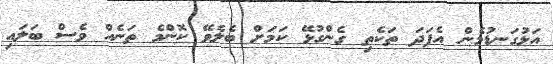
އަޅުގަނޑުމެން އެފަދަ ތަކެތި ގެންގުޅޭ ކަމަށް ބެލެވޭ ކޮންމެ ތަނެއް ވެސް ބަލައި